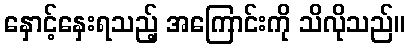
နှောင့်နှေးရသည့် အကြောင်းကို သိလိုသည်။